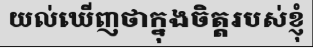
យល់ឃើញថាក្នុងចិត្តរបស់ខ្ញុំ